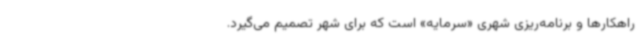
راهکارها و برنامه‌ریزی شهری «سرمایه» است که برای شهر تصمیم می‌گیرد.